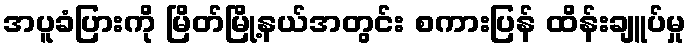
အပူခံပြားကို မြိတ်မြို့နယ်အတွင်း စကားပြန် ထိန်းချူပ်မှု